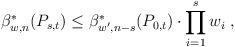
LaTeX: \begin{align*} \beta_{w,n}^*(P_{s,t})\leq \beta_{w',n-s}^*(P_{0,t}) \cdot \prod_{i=1}^{s}w_i \;, \end{align*}